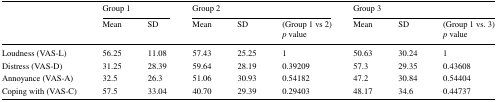
| <ROWSPAN=2>  | <COLSPAN=2> Group 1 | <COLSPAN=3> Group 2 | <COLSPAN=3> Group 3 |
 | Mean | SD | Mean | SD | (Group 1 vs 2) p value | Mean | SD | (Group 1 vs. 3) p value |
 | --- | --- | --- | --- | --- | --- | --- | --- | --- |
 | Loudness (VAS-L) | 56.25 | 11.08 | 57.43 | 25.25 | 1 | 50.63 | 30.24 | 1 |
 | Distress (VAS-D) | 31.25 | 28.39 | 59.64 | 28.19 | 0.39209 | 57.3 | 29.35 | 0.43608 |
 | Annoyance (VAS-A) | 32.5 | 26.3 | 51.06 | 30.93 | 0.54182 | 47.2 | 30.84 | 0.54404 |
 | Coping with (VAS-C) | 57.5 | 33.04 | 40.70 | 29.39 | 0.29403 | 48.17 | 34.6 | 0.44737 |